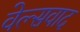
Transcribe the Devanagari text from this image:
वेल्सवाद